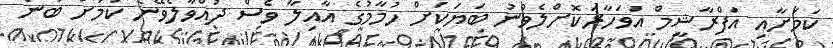
ކަމަށާއި އަފްރާޝީމް އަވަހާރަކޮށްލެވުނު ބަޔަކަށް ހުމާމުގެ އާއިލާ ވެސް ދުއްވާލެވޭނެ ކަމަށް ބުނެ